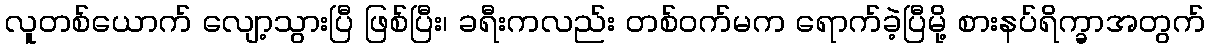
လူတစ်ယောက် လျော့သွားပြီ ဖြစ်ပြီး၊ ခရီးကလည်း တစ်ဝက်မက ရောက်ခဲ့ပြီမို့ စားနပ်ရိက္ခာအတွက်